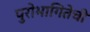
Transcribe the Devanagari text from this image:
पुरोभागितेची